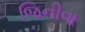
જિનીવા